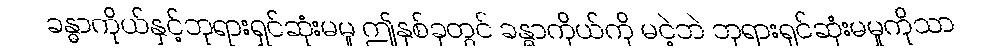
ခန္ဓာကိုယ်နှင့်ဘုရားရှင်ဆုံးမမူ ဤနှစ်ခုတွင် ခန္ဓာကိုယ်ကို မငဲ့ဘဲ ဘုရားရှင်ဆုံးမမှုကိုသာ